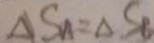
\Delta S _ { A } = \Delta S _ { B }